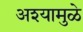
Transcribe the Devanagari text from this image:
अश्यामुळे